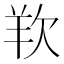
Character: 𭭋